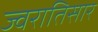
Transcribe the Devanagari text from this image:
ज्वरातिसार